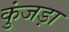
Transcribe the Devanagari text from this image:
कुंजड़ा